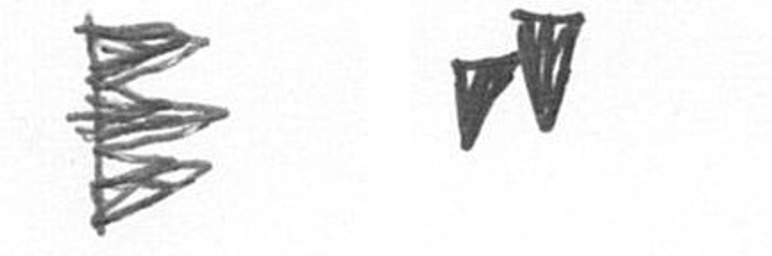
H M